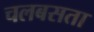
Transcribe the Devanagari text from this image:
चलबसता